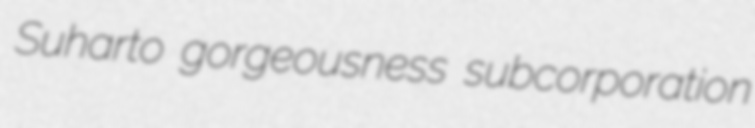
Suharto gorgeousness subcorporation